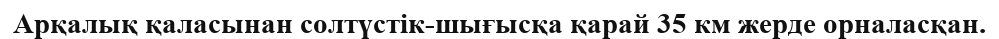
Арқалық қаласынан солтүстік-шығысқа қарай 35 км жерде орналасқан.